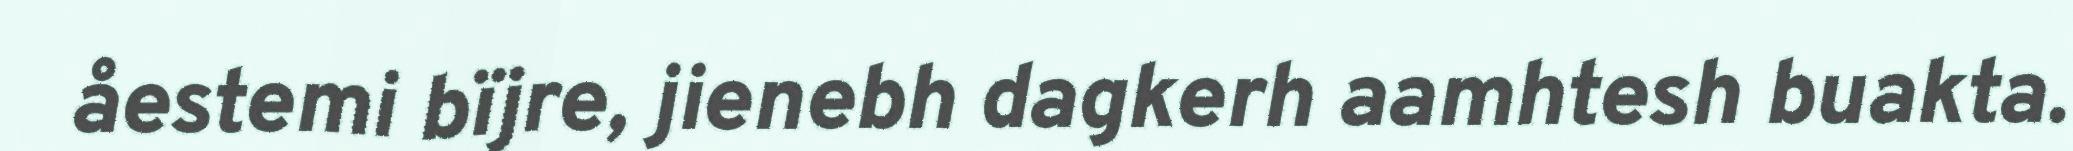
åestemi bïjre, jienebh dagkerh aamhtesh buakta.